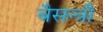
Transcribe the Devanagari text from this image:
बैसन्त्री